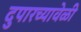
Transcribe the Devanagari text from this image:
दुपारच्यावेळी